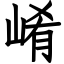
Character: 崤